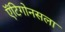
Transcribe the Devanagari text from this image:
ऍंटिगोनसला